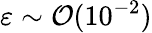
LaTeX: \varepsilon\sim\mathcal{O}(10^{-2})